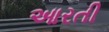
આરતી